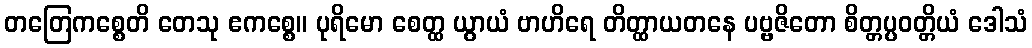
တတြေကစ္စေတိ တေသု ဧကစ္စေ။ ပုရိမော စေတ္ထ ယွာယံ ဗာဟိရေ တိတ္ထာယတနေ ပဗ္ဗဇိတော စိတ္တပ္ပဝတ္တိယံ ဒေါသံ